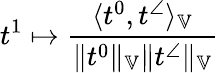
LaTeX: t^{1}\mapsto\frac{\langle t^{0},t^{\angle}\rangle_{\mathbb{V}}}{\| t^{0}\| _{\mathbb{V}}\| t^{\angle}\| _{\mathbb{V}}}